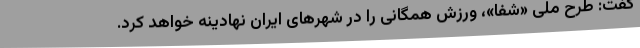
گفت: طرح ملی «شفا»، ورزش همگانی را در شهرهای ایران نهادینه خواهد کرد.